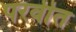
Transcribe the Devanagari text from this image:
परवीत